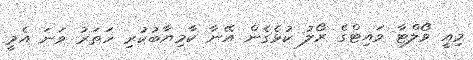
މިއީ ވޯލްޓާ ވައިޓްގެ ރޯލު ކުޅެގެން އޭނާ ކާމިޔާބުކުރި ހަތަރު ވަނަ އެމީ